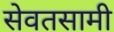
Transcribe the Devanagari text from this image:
सेवतसामी